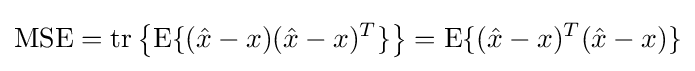
\operatorname {MSE} =\operatorname {tr} \left\{\operatorname {E} \{({\hat {x}}-x)({\hat {x}}-x)^{T}\}\right\}=\operatorname {E} \{({\hat {x}}-x)^{T}({\hat {x}}-x)\}